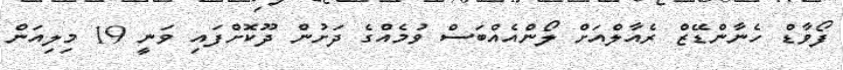
ފޯވާޑް ހެނާންޑޭޒް ރެއާލްއަށް ލޯންއެއްބަސް ވުމެއްގެ ދަށުން ދޫކޮށްފައި ވަނީ 19 މިލިއަން